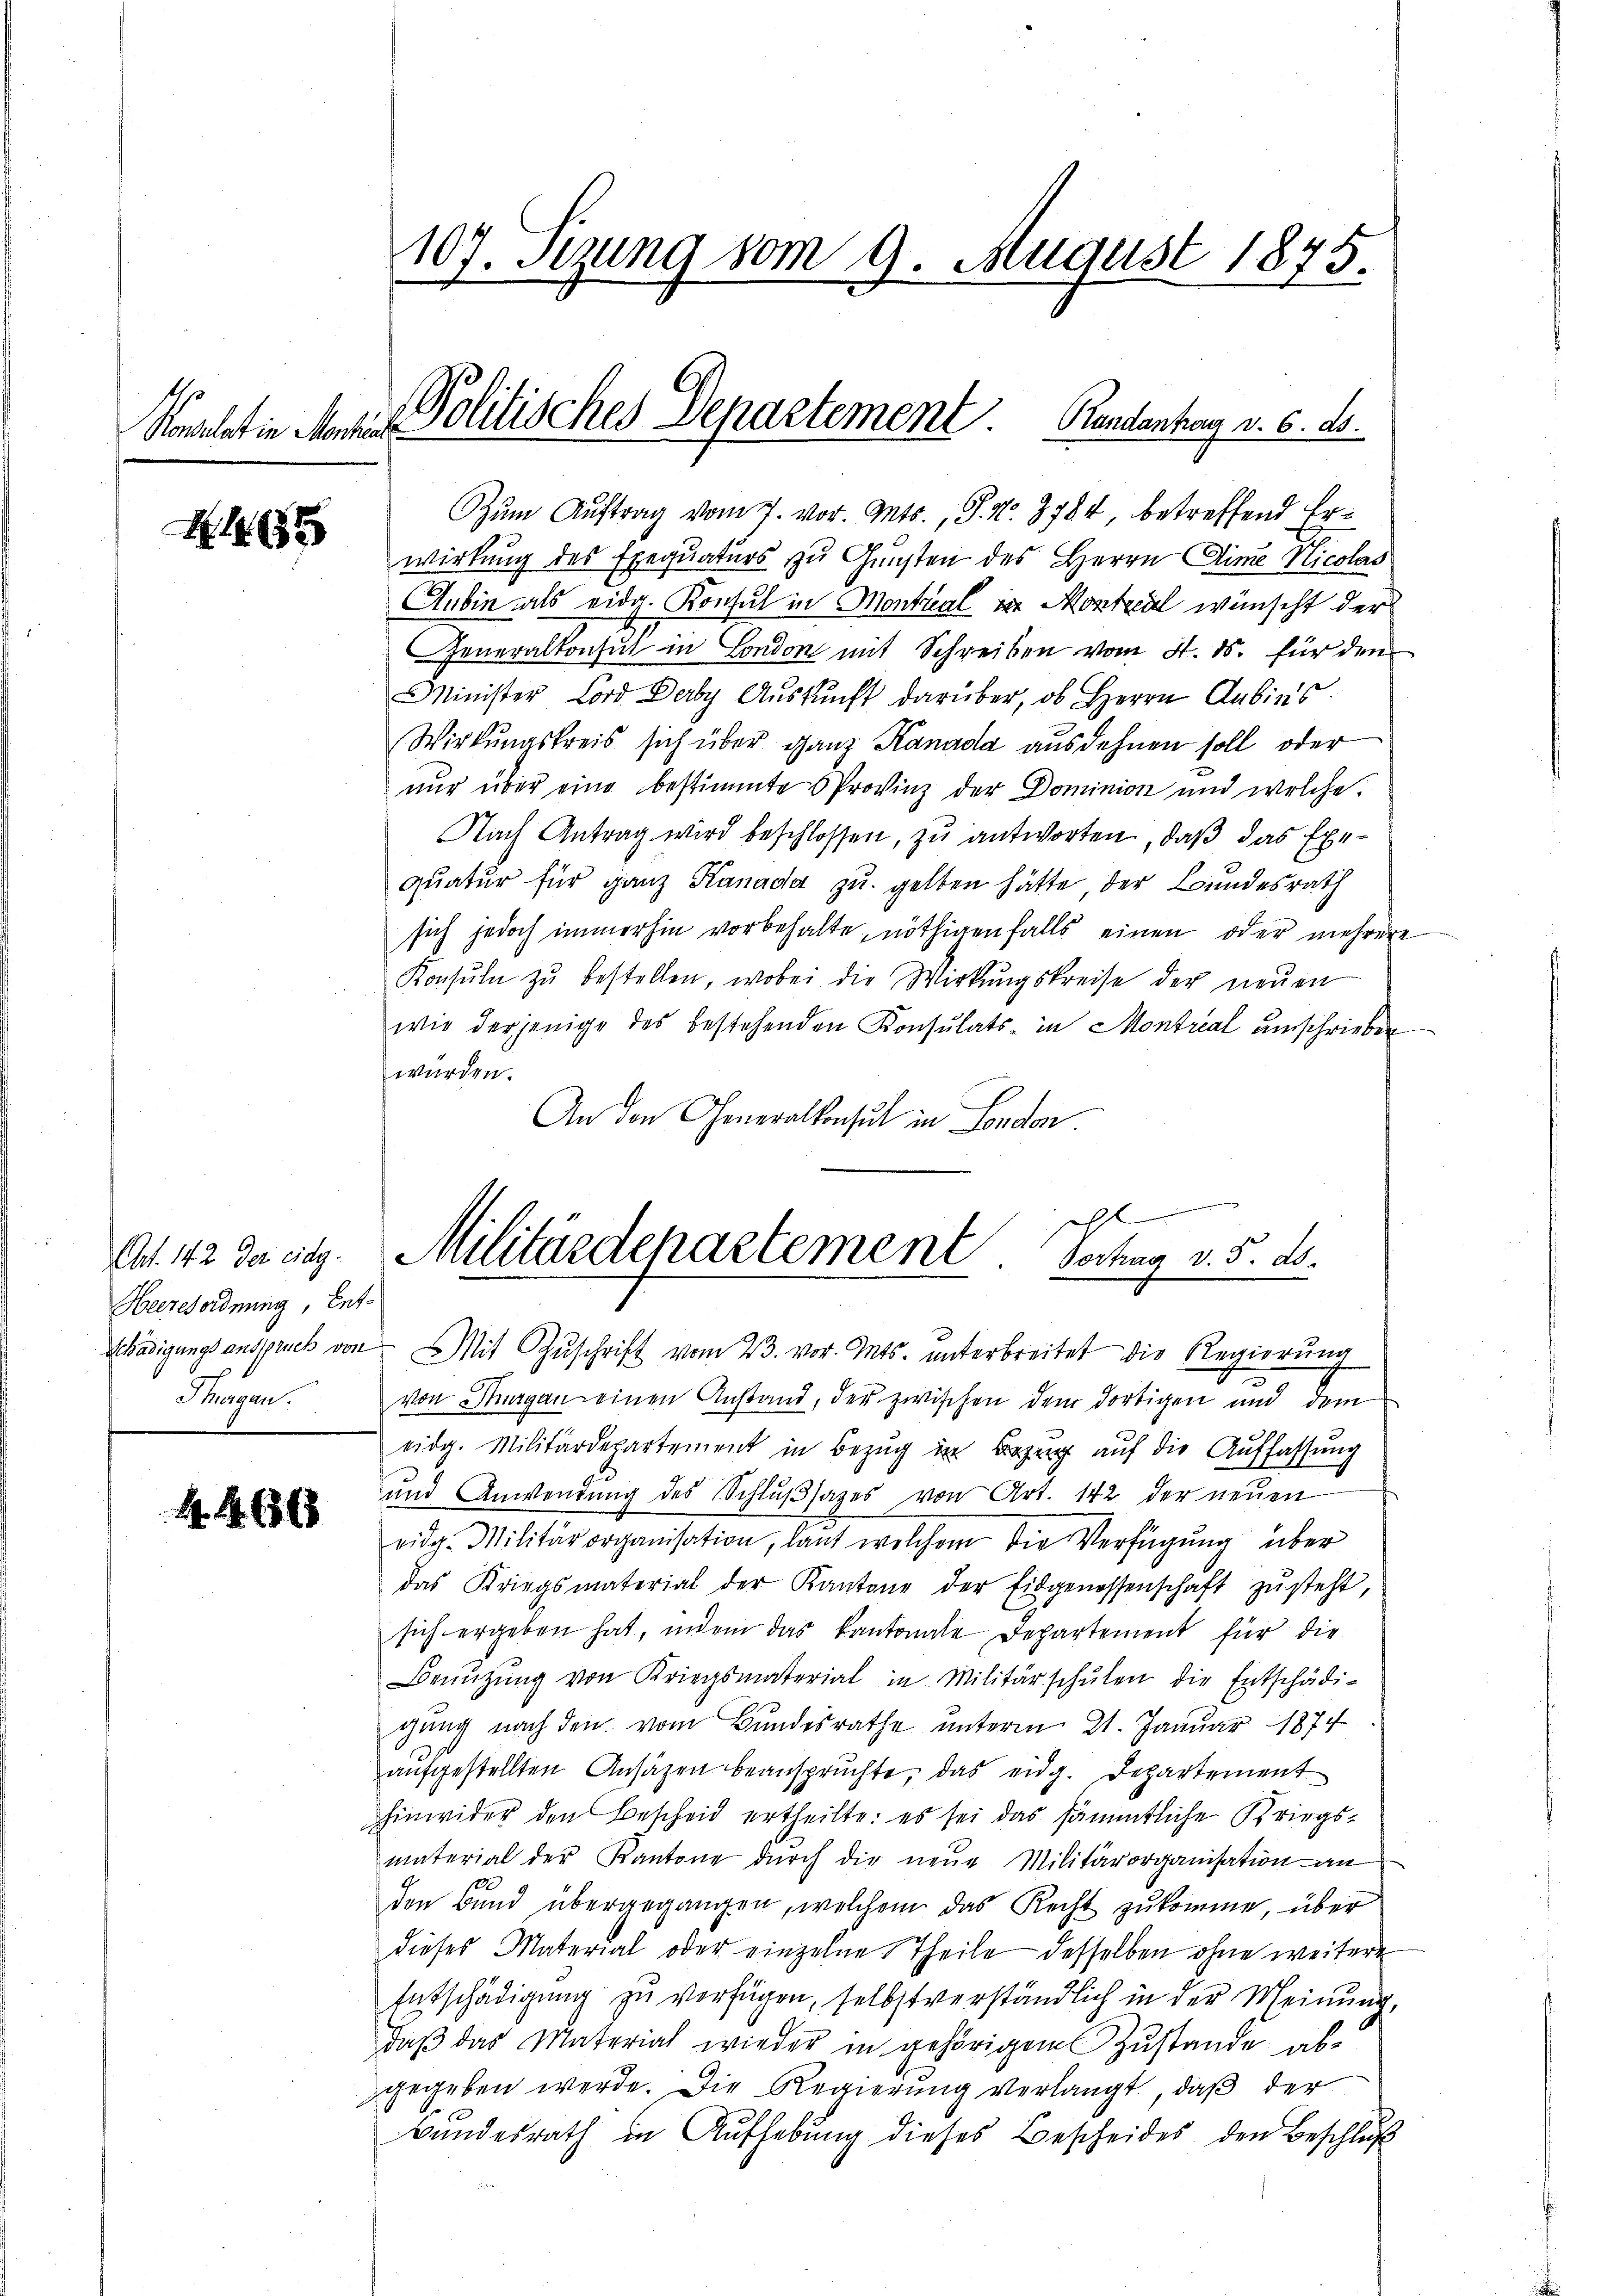
N 1

Art. 182. Der cit.
Heeresordnung, Ent-
Thurgan.

466

107. Sizung vom 9. August 1875.

Zŭm Aŭftrag vom 7. vor. Ants., S. Nr. 3784, betreffend Erwirkung des Exequaturs zu Gunsten des Herrn Alime Nicolas
Aubin als eidg. Konsul in Montreal in Montal wünscht der
Generalkonsul in London mit Schreiben vom 4. ds. für den
MMinister Lord Derby Auskunft darüber, ob Herrn Anbins
Wirkungskreis sich über ganz Kanada ausdehnen soll oder
nur über eine bestimmte Provinz der Dominion und welche
Nach Antrag wird beschlossen, zu antworten, daß das Exequatur für ganz Kanada zu gelben hätte, der Bundesrath
sich jedoch immerhin vorbehalte, nöthigenfalls einen oder mehrere
Konsuln zŭ bestellen, wobei die Wirkungskreise der neŭen
wie derjenige des bestehenden Konsulats- in Montrial umschrieben
würden.
An den Generalkonsul in London

Konsulatin Mann Politisches Departement. Randantag v. 6. ds.

l
Militärdehartement. Schag v. 5. ds.
Schädigungsanspruck von Mit Zŭschrift vom 23. vor. Mts. unterbreitet die Regierung

von Nergan einen Anstand, der zwischen dem dortigen und dem
eidg. Militärdepartement in Bezug in Bezug auf die Auffassung
und Anwendŭng des Schlŭβsages von Art. 142 der neuen
eidg. Militärorganisation, laut welchem die Verfügŭng über
das Kriegsmaterial der Kantone der Eidgenossenschaft zŭsteht,
sich ergeben hat, indem das kantonale Departement für die
Benŭtzŭng von Kriegsmaterial in Militärschŭlen die Entschädi-
gung nach den vom Bundesrathe unterm 21. Januar 1874
aufgestellten Ansäzen beanspruchte, das eidg. Departement
hinwider den Bescheid ertheilte: es sei das sämmtliche Kriegsmaterial der Kantone dŭrch die neue Militärorganisation an
den Bŭnd übergegangen, welchem das Recht zŭkomme, über
dieses Material oder einzelne Theile desselben ohne weitere
Entschädigung zu verfügen, selbstverständlich in der Meinung,
daβ das Material wieder in gehörigem Zustande abgegeben werde. Die Regierung verlangt, daß der
Bundesrath in Aufhebung dieses Bescheides den Beschlŭβ